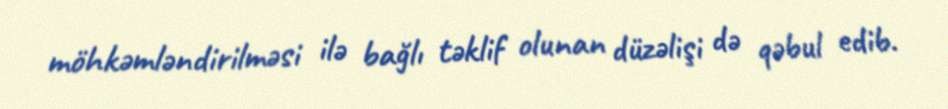
möhkəmləndirilməsi ilə bağlı təklif olunan düzəlişi də qəbul edib.